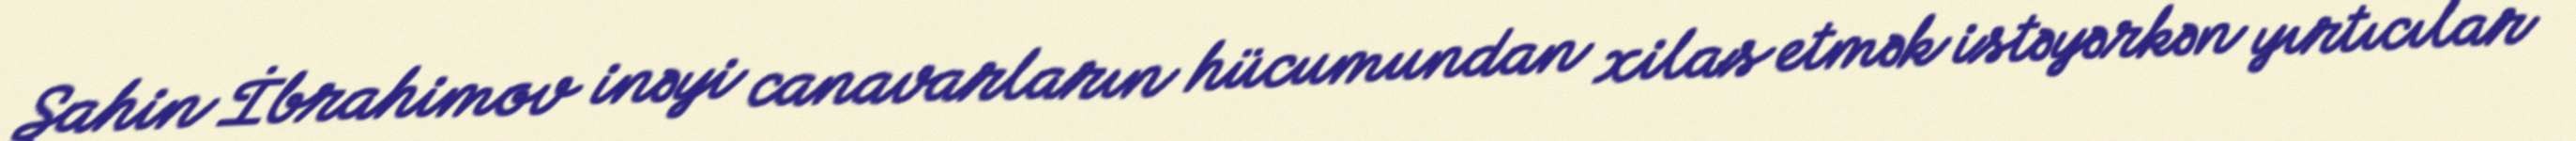
Şahin İbrahimov inəyi canavarların hücumundan xilas etmək istəyərkən yırtıcılar